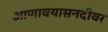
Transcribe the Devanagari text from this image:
आणावयासनदीवर